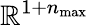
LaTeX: \mathbb{R}^{1+n_{\operatorname*{max}}}